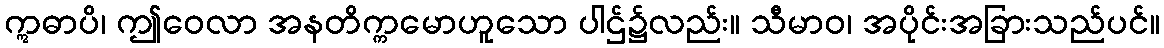
ဣဓာပိ၊ ဤဝေလာ အနတိက္ကမောဟူသော ပါဌ်၌လည်း။ သီမာဝ၊ အပိုင်းအခြားသည်ပင်။